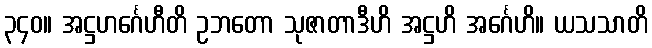
၃၄၀။ အဋ္ဌဟင်္ဂေဟီတိ ဥဘတော သုဇာတာဒီဟိ အဋ္ဌဟိ အင်္ဂေဟိ။ ယသသာတိ